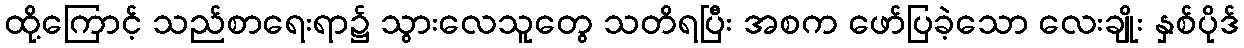
ထို့ကြောင့် သည်စာရေးရာ၌ သွားလေသူတွေ သတိရပြီး အစက ဖော်ပြခဲ့သော လေးချိုး နှစ်ပိုဒ်